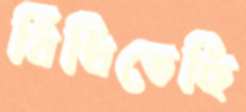
বিঁধিতেছি